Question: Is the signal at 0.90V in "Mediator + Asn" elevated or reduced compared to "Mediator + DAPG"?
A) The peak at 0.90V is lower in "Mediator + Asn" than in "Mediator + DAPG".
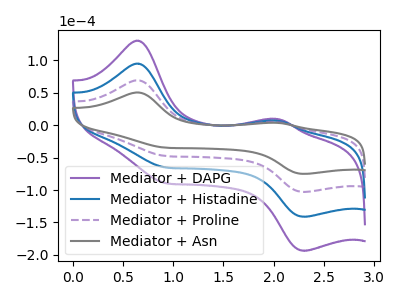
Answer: <think>The purple curve "Mediator + DAPG" has anodic peaks at (0.65V, 208.05uA) (2.05V, 15.45uA) and cathodic peaks at (0.90V, -141.25uA) (2.30V, -308.80uA). The blue curve "Mediator + Histadine" has anodic peaks at (0.65V, 138.70uA) (2.05V, 10.30uA) and cathodic peaks at (0.90V, -94.15uA) (2.30V, -205.85uA). The purple dashed curve "Mediator + Proline" has anodic peaks at (0.65V, 69.35uA) (2.05V, 5.15uA) and cathodic peaks at (0.90V, -47.10uA) (2.30V, -102.95uA). The gray curve "Mediator + Asn" has anodic peaks at (0.65V, 50.55uA) (2.05V, 3.75uA) and cathodic peaks at (0.90V, -34.35uA) (2.30V, -75.05uA).</think>
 <answer>A) The peak at 0.90V is lower in "Mediator + Asn" than in "Mediator + DAPG".</answer>
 <eval>A</eval>